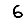
Digit: 6